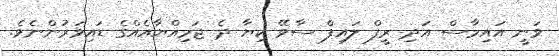
ވަނީ އައިމާސް އަދި ރީފް ލައިފް ސާވޭ ކިޔާ ދެ ޖަމިއްޔާއެއްގެ ޑައިވަރުންނެވެ.